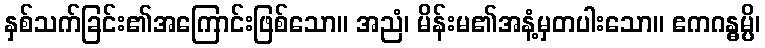
နှစ်သက်ခြင်း၏အကြောင်းဖြစ်သော။ အညံ၊ မိန်းမ၏အနံ့မှတပါးသော။ ဧကဂန္ဓမ္ပိ၊